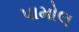
પામોલ